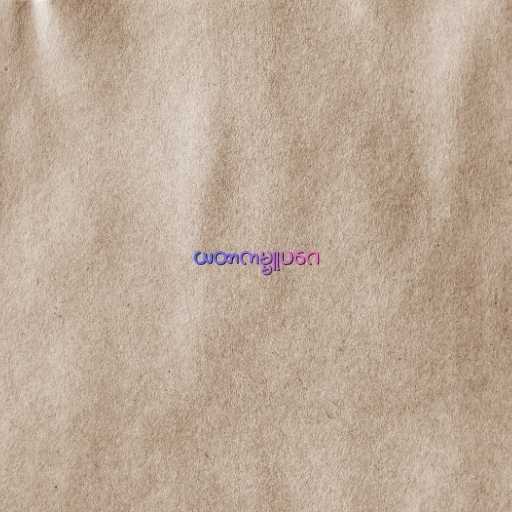
ယထာကမ္မူပဂေ